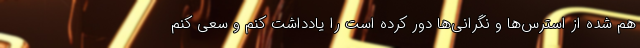
هم شده از استرس‌ها و نگرانی‌ها دور کرده است را یادداشت کنم و سعی کنم